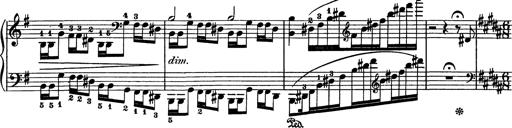
Title: AnnÃ©es de pÃ¨lerinage I
Composer: Franz Liszt